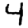
Digit: 4